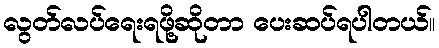
လွတ်လပ်ရေးရဖို့ဆိုတာ ပေးဆပ်ရပါတယ်။